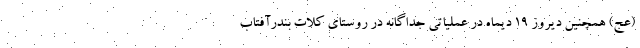
(عج) همچنین دیروز ۱۹ دیماه در عملیاتی جداگانه در روستای کلات بندرآفتاب